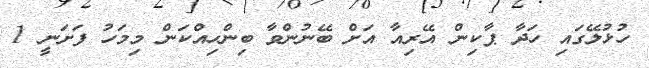
ހުޅުލޭގައި ހަދާ ޕާކިން އޭރިއާ އަށް ބޭނުންވާ ބިންހިއްކަން މިމަހު ފަށަނީ 1